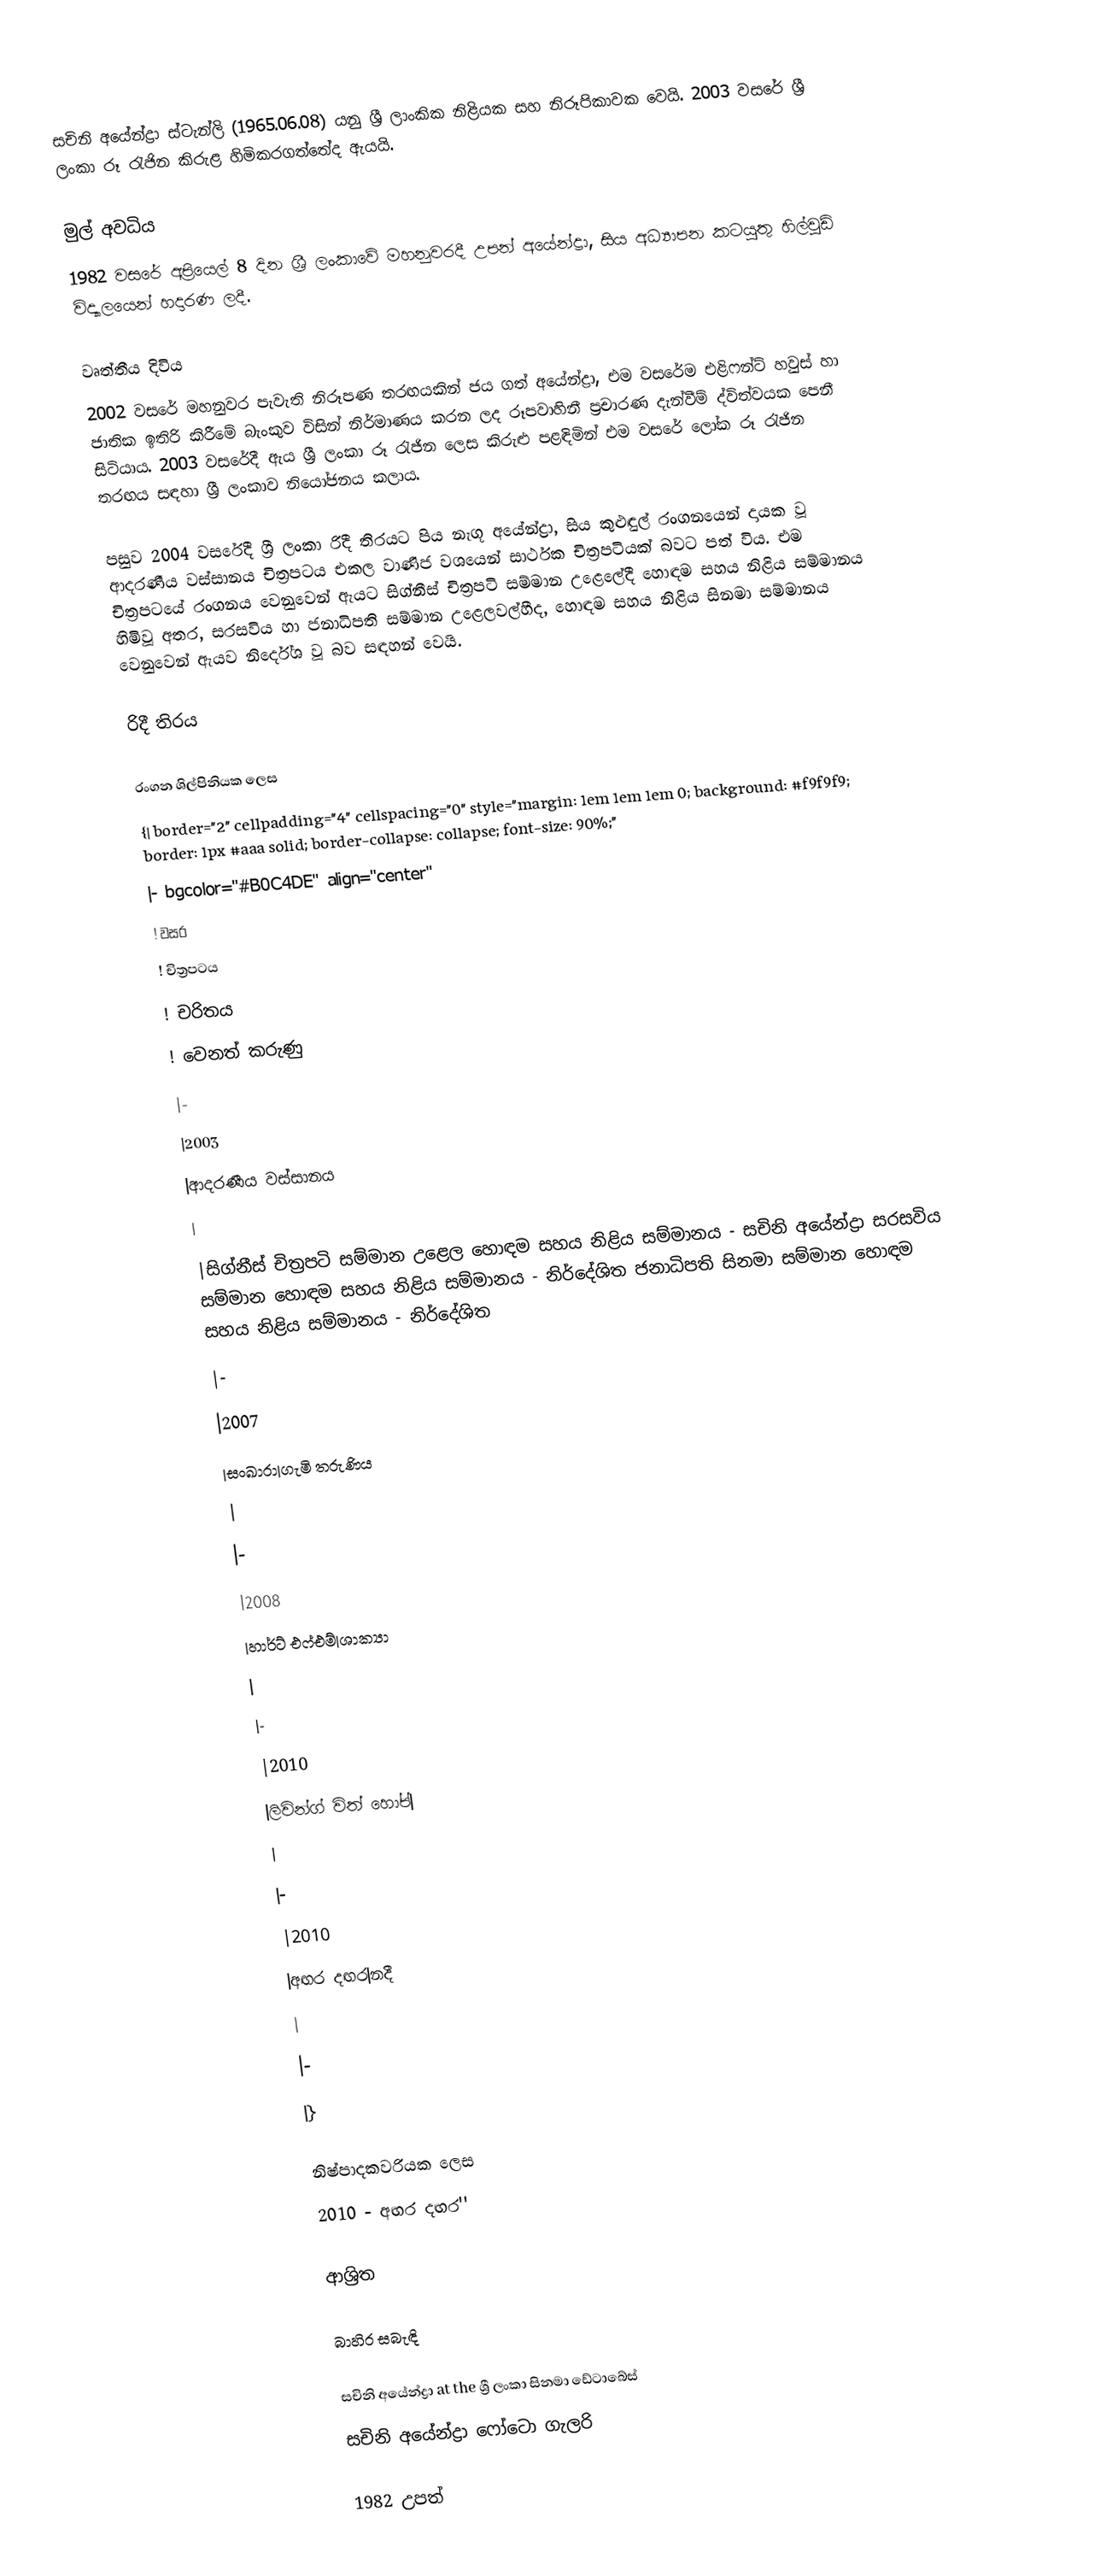
සචිනි අයේන්ද්‍රා ස්ටැන්ලි (1965.06.08) යනු ශ්‍රී ලාංකික නිළියක සහ නිරූපිකාවක වෙයි. 2003 වසරේ ශ්‍රී ලංකා රූ රැජින කිරුළ හිමිකරගත්තේද ඇයයි.

මුල් අවධිය
1982 වසරේ අප්‍රියෙල් 8 දින ශ්‍රී ලංකාවේ මහනුවරදී උපන් අයේන්ද්‍රා, සිය අධ්‍යාපන කටයුතු හිල්වුඩ් විද්‍යාලයෙන් හදාරණ ලදී.

වෘත්තීය දිවිය
2002 වසරේ මහනුවර පැවැති නිරූපණ තරඟයකින් ජය ගත් අයේන්ද්‍රා, එම වසරේම එළිෆන්ට් හවුස් හා ජාතික ඉතිරි කිරීමේ බැංකුව විසින් නිර්මාණය කරන ලද රූපවාහිනී ප්‍රචාරණ දැන්වීම් ද්විත්වයක පෙනී සිටියාය. 2003 වසරේදී ඇය ශ්‍රී ලංකා රූ රැජින ලෙස කිරුළු පළඳිමින් එම වසරේ ලෝක රූ රැජින තරඟය සඳහා ශ්‍රී ලංකාව නියෝජනය කලාය.

පසුව 2004 වසරේදී ශ්‍රී ලංකා රිදී තිරයට පිය නැගූ අයේන්ද්‍රා, සිය කුළුඳුල් රංගනයෙන් දායක වූ ආදරණීය වස්සානය චිත්‍රපටය එකල වාණිජ වශයෙන් සාර්ථක චිත්‍රපටියක් බවට පත් විය. එම චිත්‍රපටයේ රංගනය වෙනුවෙන් ඇයට සිග්නීස් චිත්‍රපටි සම්මාන උළෙලේදී හොඳම සහය නිළිය සම්මානය හිමිවූ අතර, සරසවිය හා ජනාධිපති සම්මාන උළෙලවල්හීද, හොඳම සහය නිළිය සිනමා සම්මානය වෙනුවෙන් ඇයව නිර්දේශ වූ බව සඳහන් වෙයි.

රිදී තිරය

රංගන ශිල්පිනියක ලෙස
{| border="2" cellpadding="4" cellspacing="0" style="margin: 1em 1em 1em 0; background: #f9f9f9; border: 1px #aaa solid; border-collapse: collapse; font-size: 90%;"
|- bgcolor="#B0C4DE" align="center"
! වසර
! චිත්‍රපටය
! චරිතය
! වෙනත් කරුණු
|-
|2003
|ආදරණීය වස්සානය
|
|සිග්නීස් චිත්‍රපටි සම්මාන උළෙල හොඳම සහය නිළිය සම්මානය - සචිනි අයේන්ද්‍රා සරසවිය සම්මාන හොඳම සහය නිළිය සම්මානය - නිර්දේශිත  ජනාධිපති සිනමා සම්මාන හොඳම සහය නිළිය සම්මානය - නිර්දේශිත
|-
|2007
|සංඛාරා|ගැමි තරුණිය
|
|-
|2008
|හාර්ට් එෆ්එම්|ශාක්‍යා
|
|-
|2010
|ලිවින්ග් විත් හෝප්|
|
|-
|2010
|අඟර දඟර|නදී
|
|-
|}

නිෂ්පාදකවරියක ලෙස
2010 - අඟර දඟර''

ආශ්‍රිත

බාහිර සබැඳි

සචිනි අයේන්ද්‍රා at the ශ්‍රී ලංකා සිනමා ඩේටාබේස්
සචිනි අයේන්ද්‍රා ෆෝටො ගැලරි

1982 උපත්